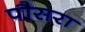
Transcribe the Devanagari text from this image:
पौसरा